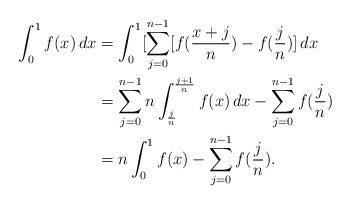
LaTeX: \begin{align*}\int_0^1 f(x)\,dx&=\int_0^1 [\sum_{j=0}^{n-1} [f(\frac{x+j}{n})-f(\frac{j}{n})]\,dx \\&=\sum_{j=0}^{n-1}n\int_{\frac{j}{n}}^{\frac{j+1}{n}} f(x)\,dx-\sum_{j=0}^{n-1}f(\frac{j}{n}) \\&=n\int_0^1 f(x)-\sum_{j=0}^{n-1}f(\frac{j}{n}).\end{align*}